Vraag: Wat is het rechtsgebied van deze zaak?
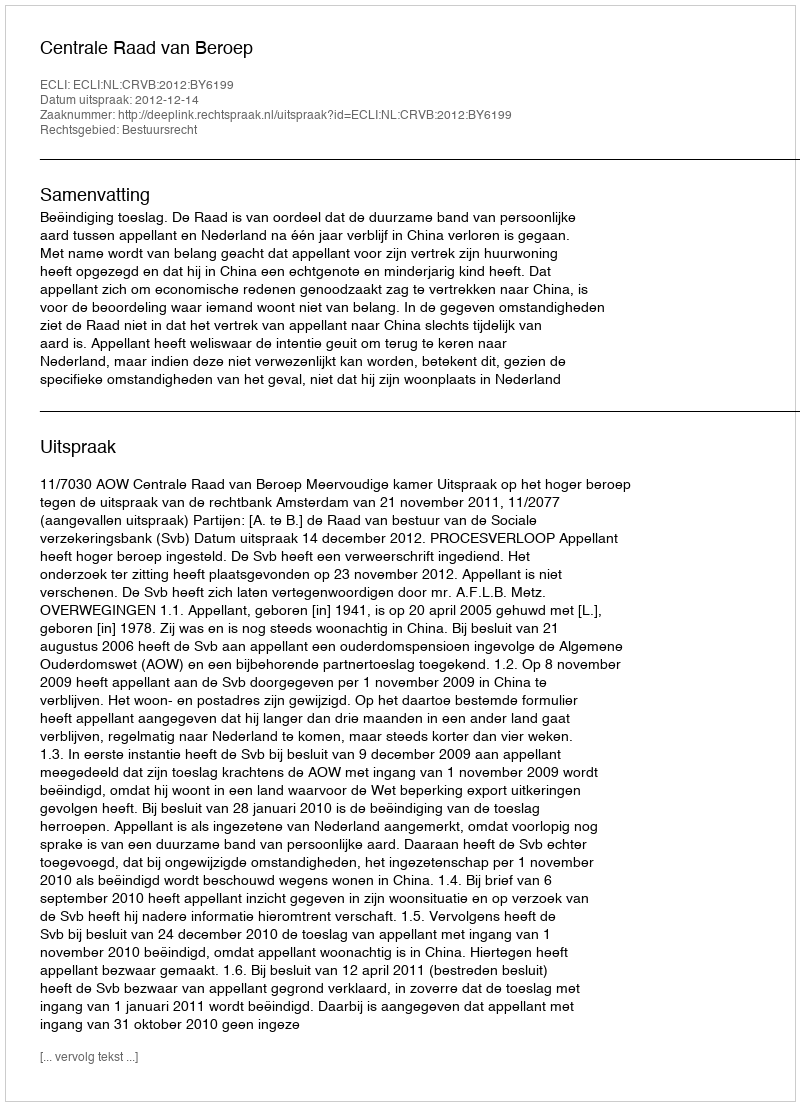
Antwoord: Bestuursrecht